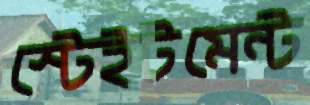
স্টেইটমেন্ট